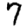
Digit: 7